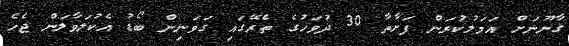
ގާނޫނަށް އަމަލުކުރަން ފަށާތާ 30 ދުވަހުގެ ތެރޭގައި ގަވަނިން ބޯޑު އެކުލަވާލަން ޖެހެ